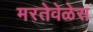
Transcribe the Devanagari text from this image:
मरतेवेळेस